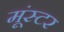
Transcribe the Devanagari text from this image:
मूंस्टर